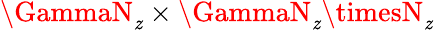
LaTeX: \GammaN_{\mathit{z}}\times\GammaN_{\mathit{z}}\timesN_{\mathit{z}}